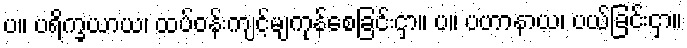
ပ။ ပရိက္ခယာယ၊ ထပ်ဝန်းကျင့်မျကုန်စေခြင်းငှာ။ ပ။ ပဟာနာယ၊ ပယ်ခြင်းငှာ။